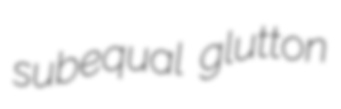
subequal glutton